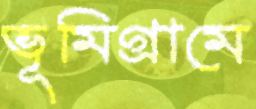
ভূমিগ্রামে